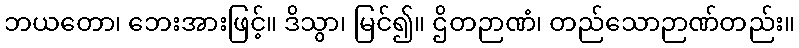
ဘယတော၊ ဘေးအားဖြင့်။ ဒိသွာ၊ မြင်၍။ ဌိတဉာဏံ၊ တည်သောဉာဏ်တည်း။